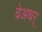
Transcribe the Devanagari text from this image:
वेअथर्